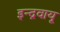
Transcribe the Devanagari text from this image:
इन्द्रवायू